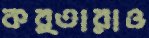
কর্তারাও